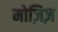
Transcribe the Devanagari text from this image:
मोज़िज़